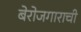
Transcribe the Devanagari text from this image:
बेरोजगाराची